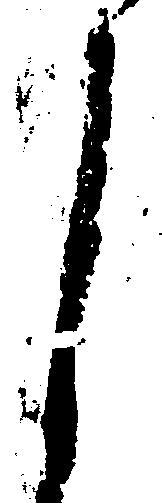
し